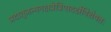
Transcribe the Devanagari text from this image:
प्रदातृजन्मनक्षत्रेत्रिपादर्क्षेविशेषतः